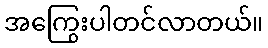
အကြွေးပါတင်လာတယ်။